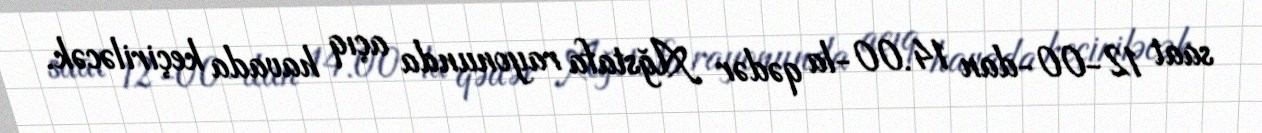
saat 12-00-dan 14.00-la qədər Ağstafa rayonunda açıq havada keçiriləcək.